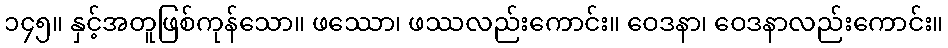
၁၄၅။ နှင့်အတူဖြစ်ကုန်သော။ ဖဿော၊ ဖဿလည်းကောင်း။ ဝေဒနာ၊ ဝေဒနာလည်းကောင်း။